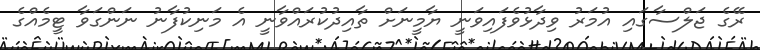
ރޭގެ ޖަލްސާގައި އުމަރު ވިދާޅުވެފައިވަނީ ޔާމީނަށް ތާއިދުކުރައްވާނީ އެ މަނިކުފާނު ނަންގަވާ ޓީމެއްގެ